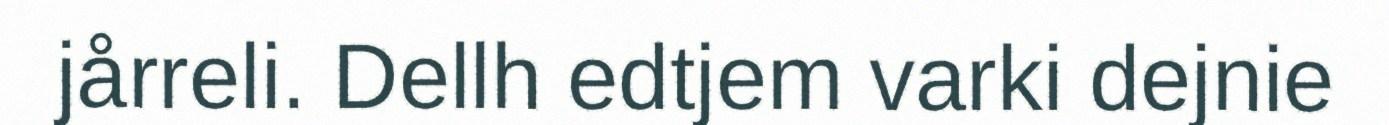
jårreli. Dellh edtjem varki dejnie